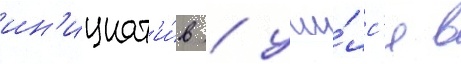
ин'ициат'и́в / учи́лс'я в